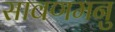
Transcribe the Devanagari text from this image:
सावणमनु